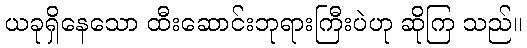
ယခုရှိနေသော ထီးဆောင်းဘုရားကြီးပဲဟု ဆိုကြ သည်။